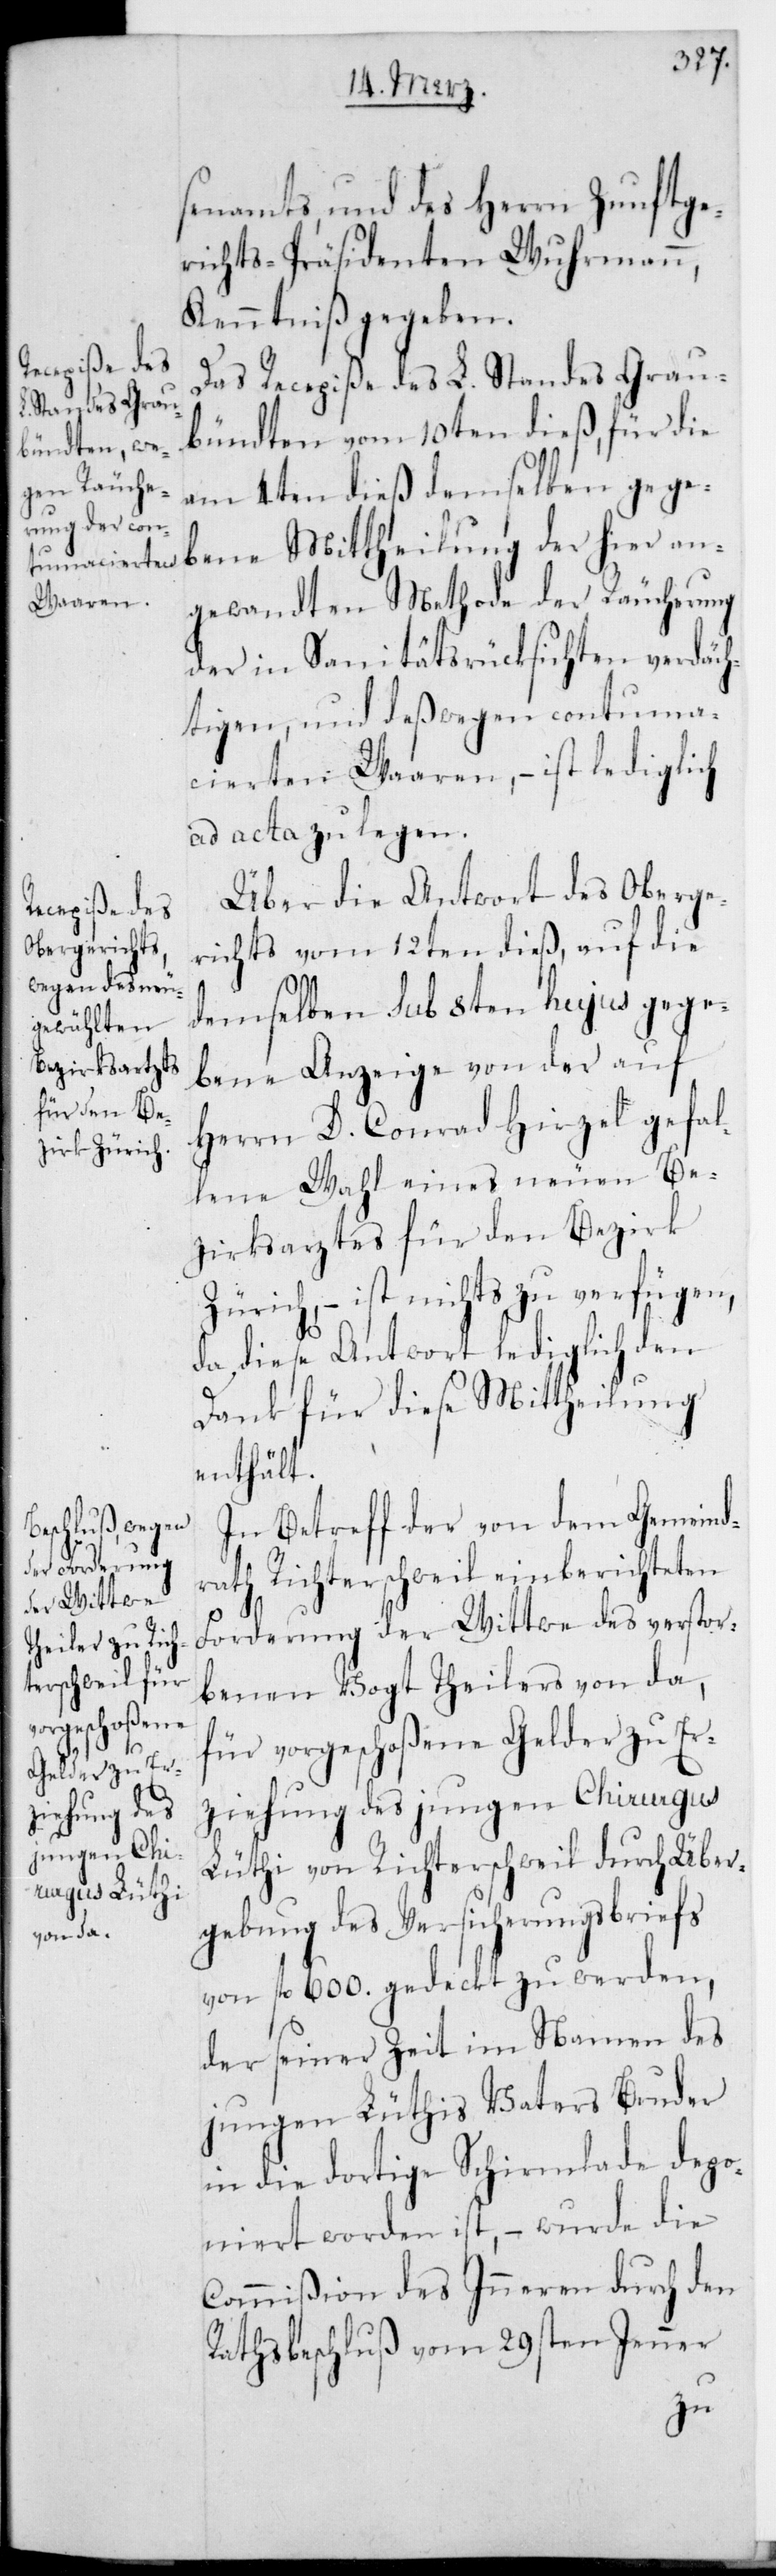
senamts und des Herrn Zunftge¬
richts-Präsidenten Wuhrmann,
Kenntniß gegeben.
Das Recepiße des L. Standes Grau¬
bündten vom 10ten dieß, für die
am 4ten dieß demselben gege¬
benen Mittheilung der hier an¬
gewandten Methode der Räucherung
der in Sanitätsrücksichten verdäch¬
tigen, und deßwegen contuma¬
cierten Waaren, – ist lediglich
ad acta zu legen.
Über die Antwort des Oberge¬
richts vom 12ten dieß, auf die
demselben sub 8ten hujus gege¬
bene Anzeige von der auf
Herrn D. Conrad Hirzel gefal¬
lene Wahl eines neuen Be¬
zirksarztes für den Bezirk
Zürich, – ist nichts zu verfügen,
da diese Antwort lediglich den
Dank für diese Mittheilung
enthält.
In Betreff der von dem Gemeind¬
rath Richterschweil einberichteten
Forderung der Wittwe des verstor¬
benen Vogt Theilers von da,
für vorgeschoßene Gelder zu Er¬
ziehung des jungen Chirurgus
Lüthi von Richterschweil durch Über¬
gebung des Versicherungsbriefs
von fl. 600. gedeckt zu werden,
der seiner Zeit im Namen des
jungen Lüthis Vaters Bruder
in die dortige Schirmlade depo¬
niert worden ist, – wurde die
Commißion des Inneren durch den
Rathsbeschluß vom 29sten Jenner